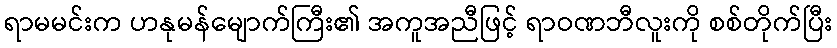
ရာမမင်းက ဟနုမန်မျောက်ကြီး၏ အကူအညီဖြင့် ရာဝဏဘီလူးကို စစ်တိုက်ပြီး